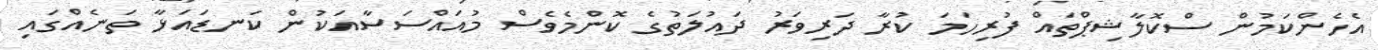
އެހެންކަމުން ސްކޮލާޝިޕްތައް ފުރިހަމަ ކުރާ ދަރިވަރު ދައުލަތުގެ ކޮންމެވެސް މުއައްސަސާއަކުން ކަނޑައަޅާ ތަނެއްގައި